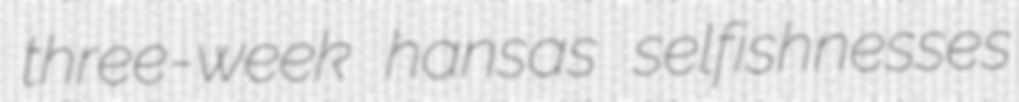
three-week hansas selfishnesses